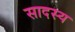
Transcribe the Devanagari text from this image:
सादस्य